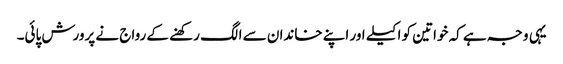
یہی وجہ ہے کہ خواتین کو اکیلے اور اپنے خاندان سے الگ رکھنے کے رواج نے پرورش پائی۔